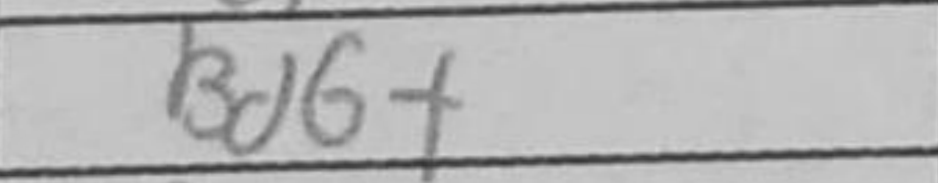
Transcription: Bd6+